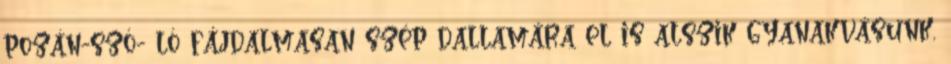
pozán-szó- ló fájdalmasan szép dallamára el is alszik gyanakvásunk,